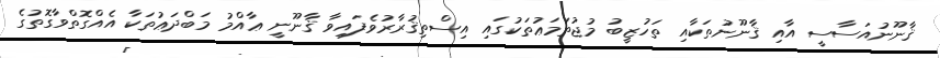
ޤާނޫނުއަސާސީ އާއި ޤާނޫނުތަކާއި ތަހުޒީބު މުޖުތަމަޢުތަކުގައި އިސްތިޤުރާރުވެފައިވާ ޤާނޫނީ ޢާއްމު މަބްދަޢުތަކާ އެއްގޮތްވާގޮތުގެ